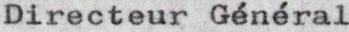
Directeur Général